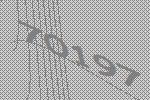
70197